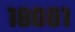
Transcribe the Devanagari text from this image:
१८००१